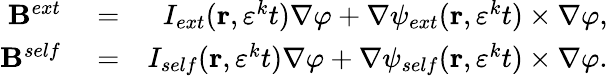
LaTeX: \begin{array}{rlr}{\mathbf{B}^{ext}}&{{}=}&{I_{ext}(\mathbf{r},\varepsilon^{k}t)\nabla\varphi+\nabla\psi_{ext}(\mathbf{r},\varepsilon^{k}t)\times\nabla\varphi,}\\ {\mathbf{B}^{self}}&{{}=}&{I_{self}(\mathbf{r},\varepsilon^{k}t)\nabla\varphi+\nabla\psi_{self}(\mathbf{r},\varepsilon^{k}t)\times\nabla\varphi.}\end{array}